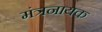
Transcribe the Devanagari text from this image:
मंत्रनायक